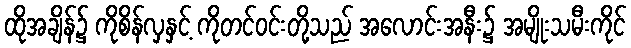
ထိုအချိန်၌ ကိုစိန်လှနှင့် ကိုတင်ဝင်းတို့သည် အလောင်းအနီး၌ အမျိုးသမီးကိုင်